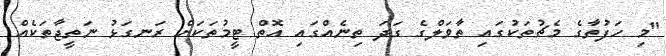
"މި ހަފުތާގެ މެޗުތަކުގައި ތާވަލްގެ ގަދަ ތިނެއްގައި އޮތް ޓީމުތަކަށް ރަނގަޅު ނަތީޖާތަކެއް